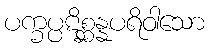
ပက္ခပ္ပဋိစ္ဆန္နပရိဝါသော